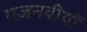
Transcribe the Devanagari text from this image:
ग़ज़नवीयों